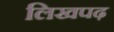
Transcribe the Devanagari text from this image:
लिखपढ़